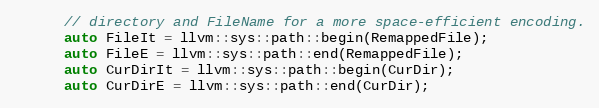
Language: C++
      // directory and FileName for a more space-efficient encoding.
      auto FileIt = llvm::sys::path::begin(RemappedFile);
      auto FileE = llvm::sys::path::end(RemappedFile);
      auto CurDirIt = llvm::sys::path::begin(CurDir);
      auto CurDirE = llvm::sys::path::end(CurDir);